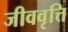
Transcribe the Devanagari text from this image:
जीववृत्ति